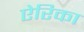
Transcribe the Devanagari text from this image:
ऐरिका